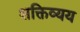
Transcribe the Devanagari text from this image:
शक्तिव्यय